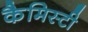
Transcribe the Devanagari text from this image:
कैमिस्टी